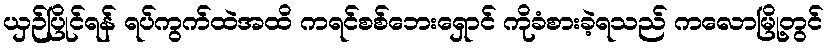
ယှဉ်ပြိုင်ရန် ရပ်ကွက်ထဲအထိ ကရင်စစ်ဘေးရှောင် ကိုခံစားခဲ့ရသည် ကလောမြို့တွင်